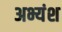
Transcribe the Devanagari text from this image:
अभ्यंश